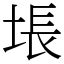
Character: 㙊